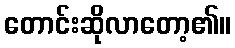
တောင်းဆိုလာတော့၏။